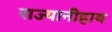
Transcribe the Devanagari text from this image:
राज्यानीहाय